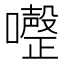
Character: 𭌏